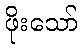
ဖိုးသော်